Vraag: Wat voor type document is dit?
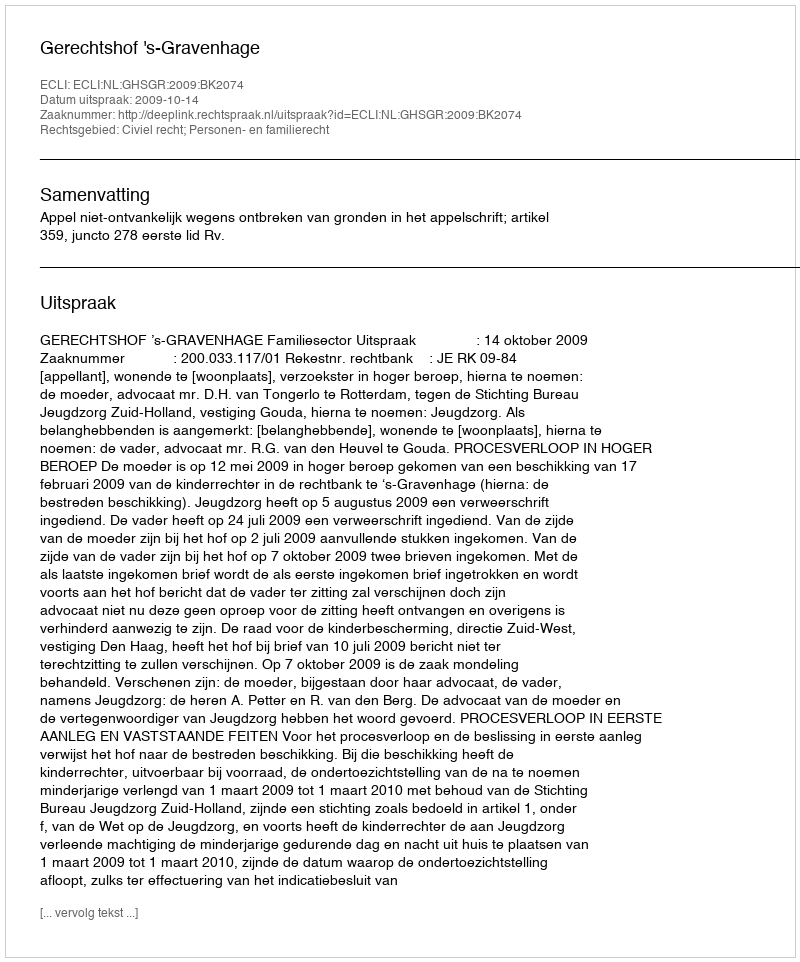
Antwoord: Uitspraak